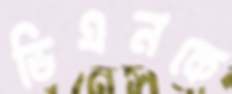
ডিএনকে